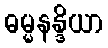
ဓမ္မနန္ဒိယာ